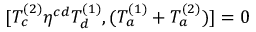
[ T _ { c } ^ { ( 2 ) } \eta ^ { c d } T _ { d } ^ { ( 1 ) } , ( T _ { a } ^ { ( 1 ) } + T _ { a } ^ { ( 2 ) } ) ] = 0